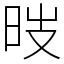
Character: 㫞